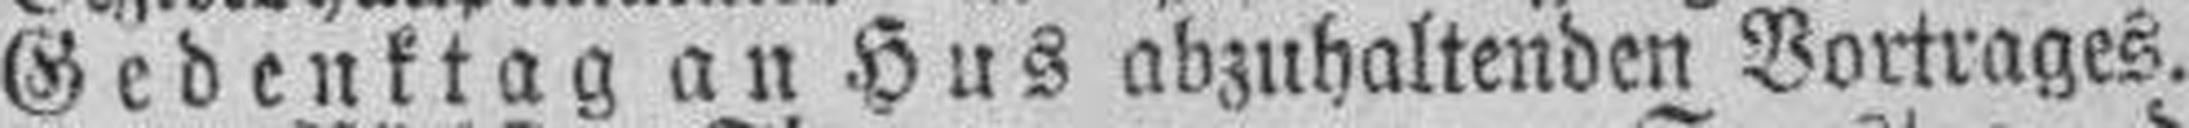
Gedenktag an Hus abzuhaltenden Vortrages.